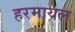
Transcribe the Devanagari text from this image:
हरमायल